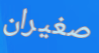
صغيران